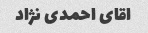
اقای احمدی نژاد